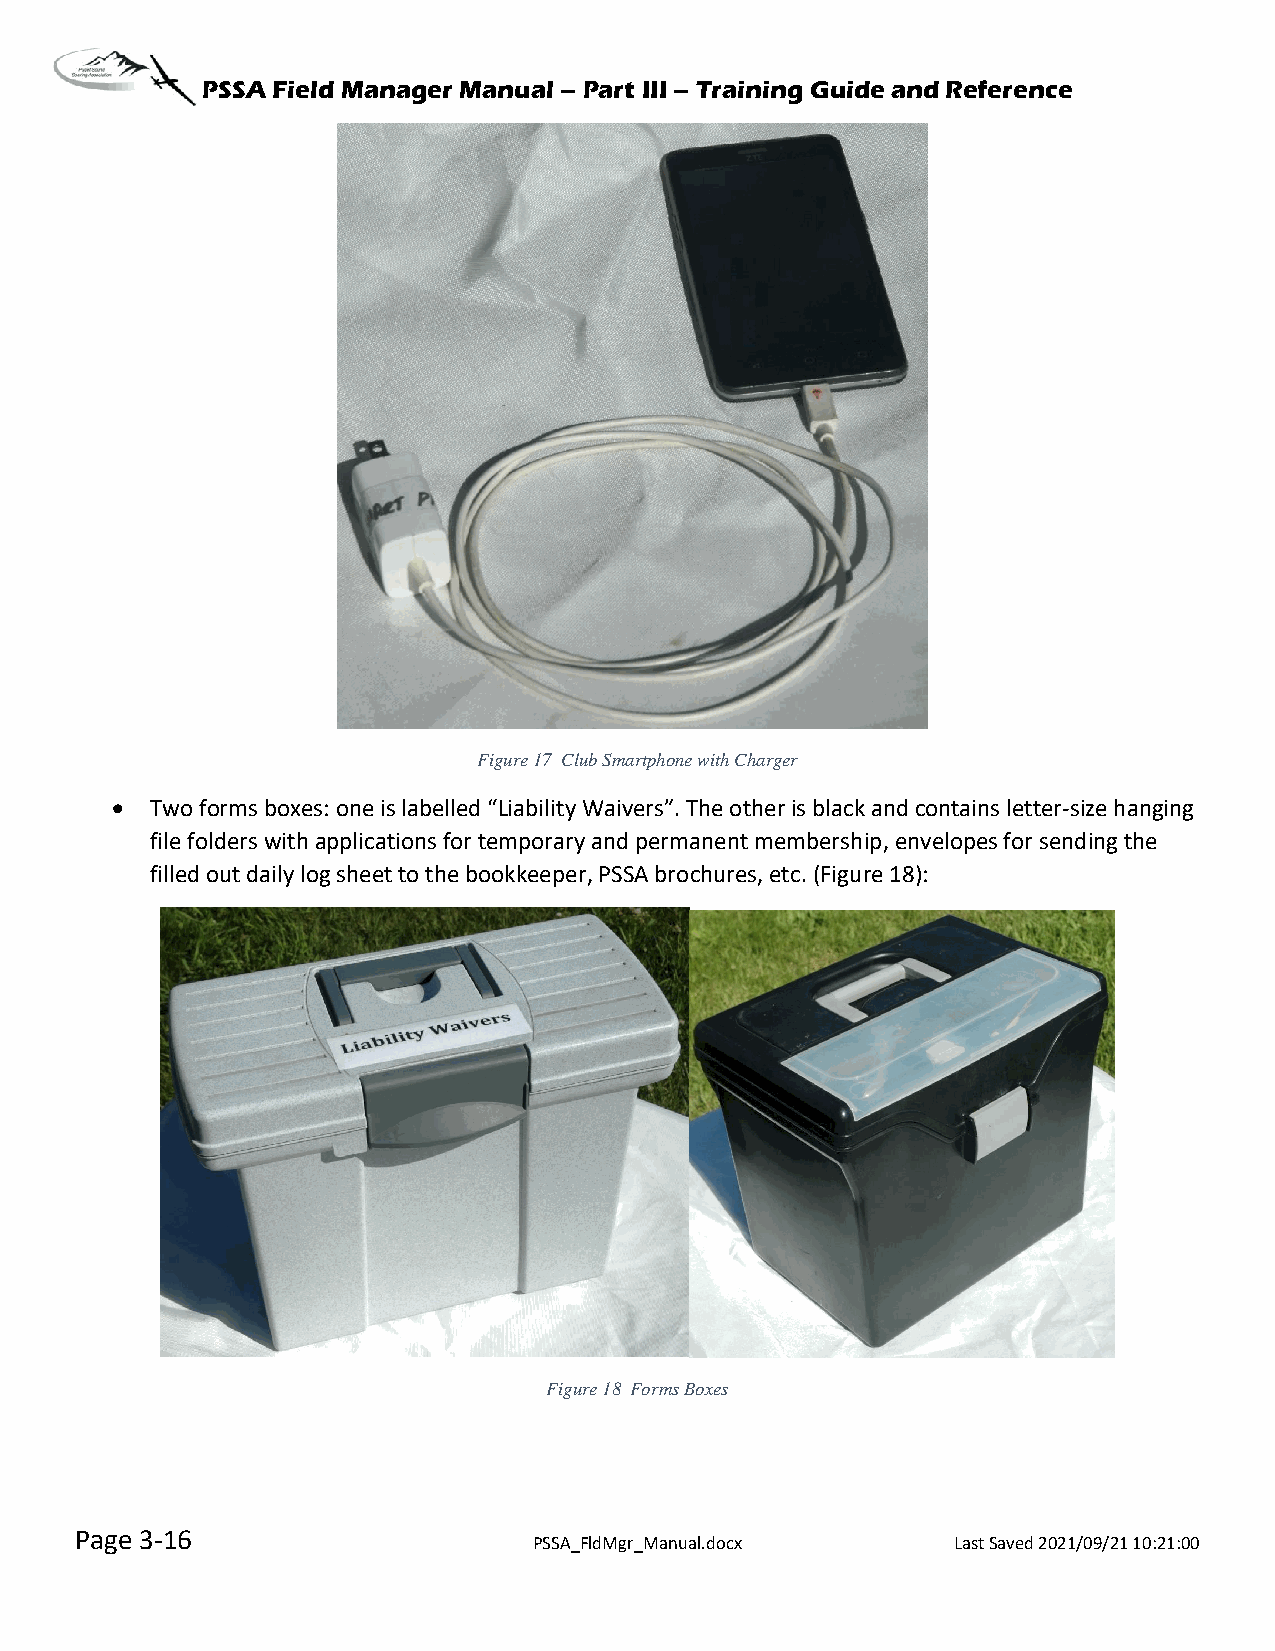
PSSA Field Manager Manual – Part III – Training Guide and Reference
 Figure 17 Club Smartphone with Charger
 •  Two forms boxes: one is labelled “Liability Waivers”. The other is black and contains letter-size hanging
 file folders with applications for temporary and permanent membership, envelopes for sending the
 filled out daily log sheet to the bookkeeper, PSSA brochures, etc. (Figure 18):
 Figure 18 Forms Boxes
 Page 3-16
 PSSA_FldMgr_Manual.docx     Last Saved 2021/09/21 10:21:00